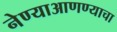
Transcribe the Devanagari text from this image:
नेण्याआणण्याचा